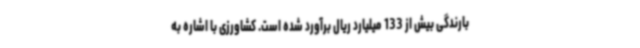
بارندگی بیش از 133 میلیارد ریال برآورد شده است. کشاورزی با اشاره به